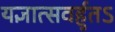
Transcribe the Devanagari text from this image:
यज्ञात्सवर्हुतऽ